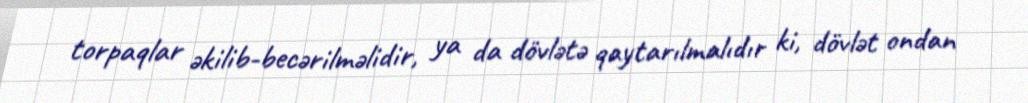
torpaqlar əkilib-becərilməlidir, ya da dövlətə qaytarılmalıdır ki, dövlət ondan